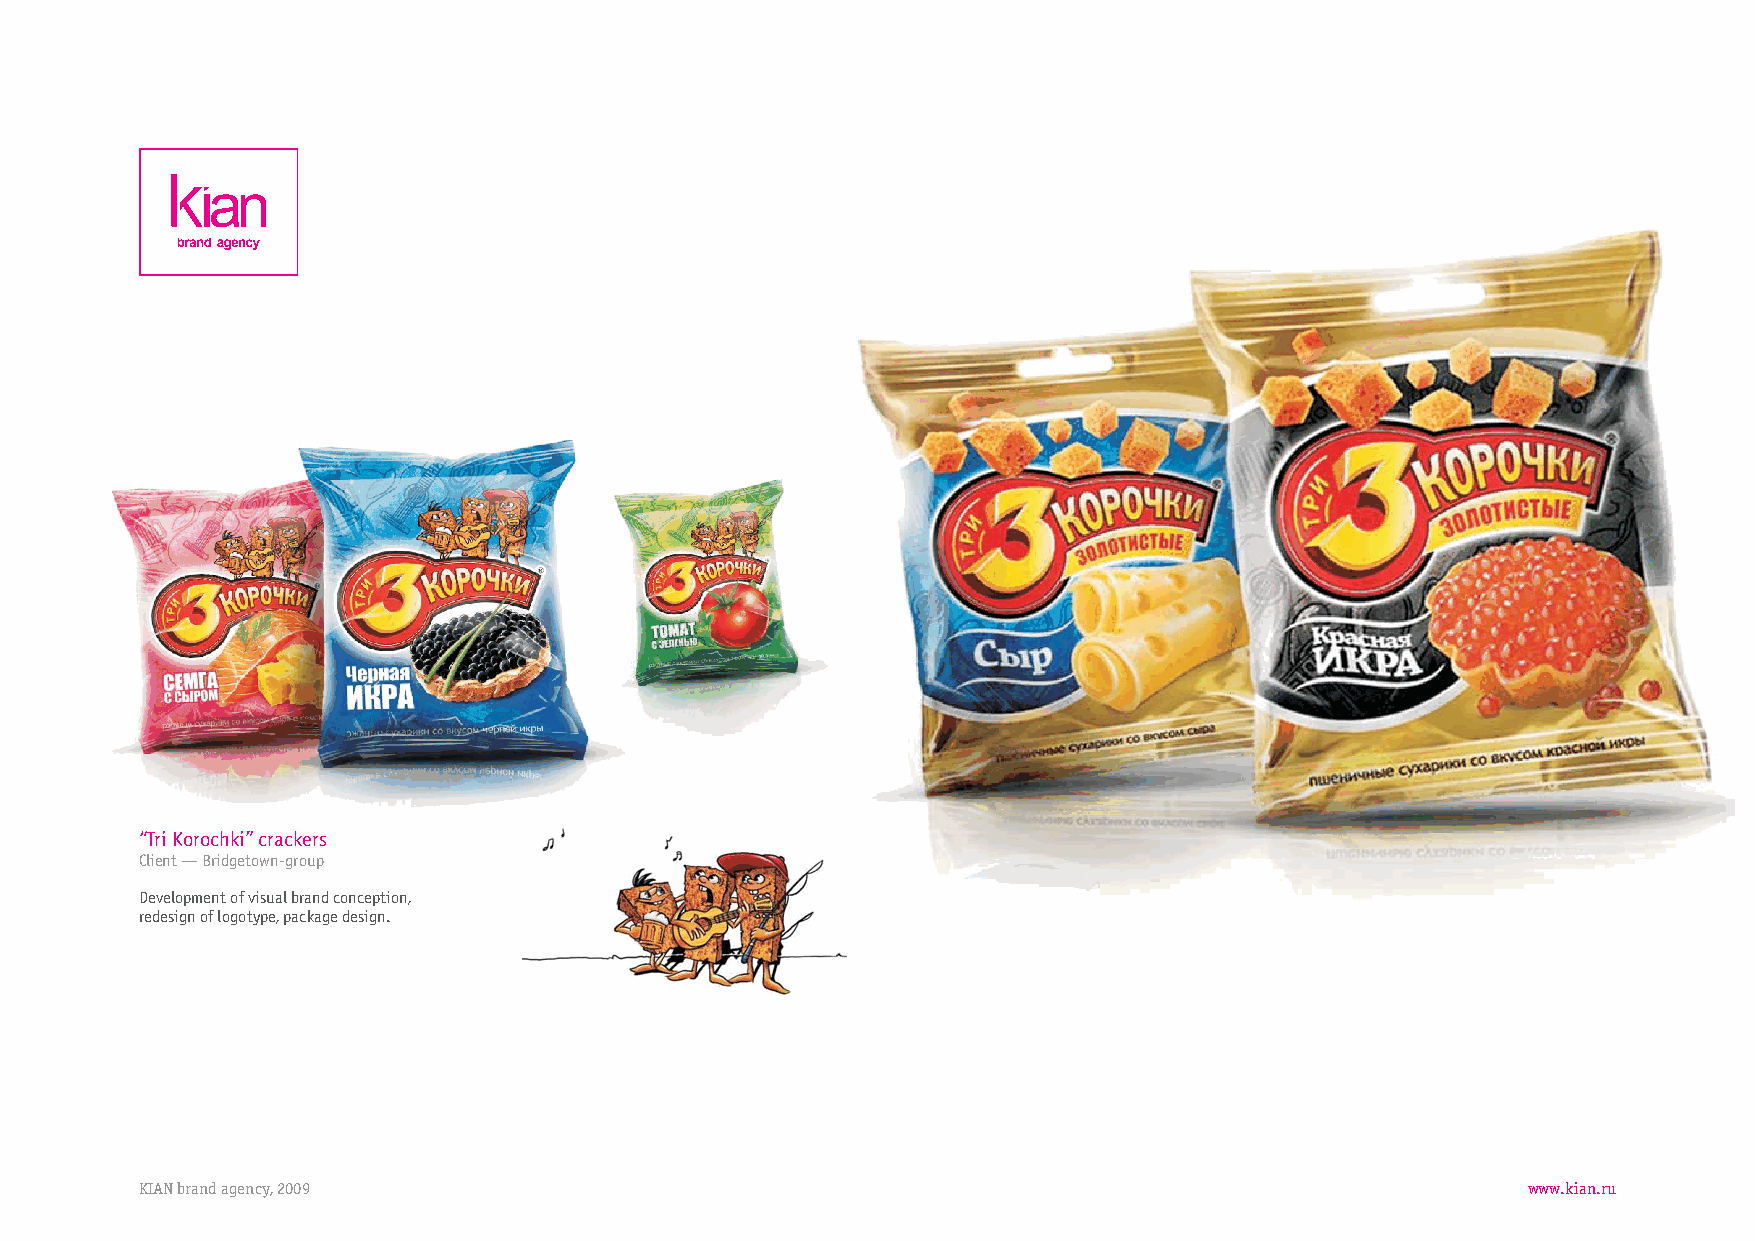
“TriKorochki”crackers
 Client—Bridgetown-group
 Developmentofvisualbrandconception,
 redesignoflogotype,packagedesign.
 KIANbrandagency,2009                                                                        www.kian.ru